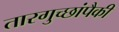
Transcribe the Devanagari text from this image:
तारगुच्छांपैकी